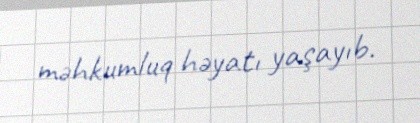
məhkumluq həyatı yaşayıb.